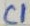
Text: C1